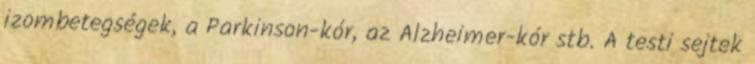
izombetegségek, a Parkinson-kór, az Alzheimer-kór stb. A testi sejtek